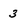
Character: 3